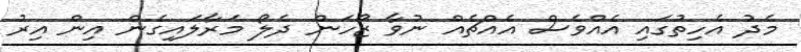
މެދު އެހިތުގައި އެއްވެސް އެއްޗެއް ނުވާ ޒޯހަން ދެލޯ މަރާލައިގެން އިން އިރު